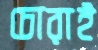
চোরাই